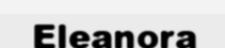
Eleanora